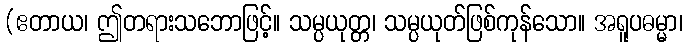
(ဧတာယ၊ ဤတရားသဘောဖြင့်။ သမ္ပယုတ္တ၊ သမ္ပယုတ်ဖြစ်ကုန်သော။ အရူပဓမ္မာ၊